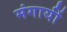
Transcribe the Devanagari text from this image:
मंगायीं